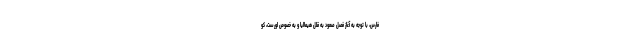
فارس، با توجه به آغاز فصل صعود به قلل هیمالیا و به خصوص اورست، کو